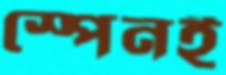
স্পেনই